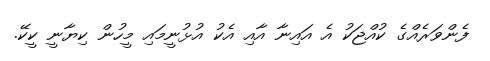
ފެންވަރެއްގެ ކުއްޖަކު އެ އައިނާ އާއި އެކު އުޅުނީމައި މީހުން ކިޔާނީ ކީކޭ.